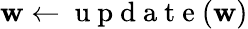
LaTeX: \mathbf{w}\gets\mathrm{{~u~p~d~a~t~e~}}(\mathbf{w})